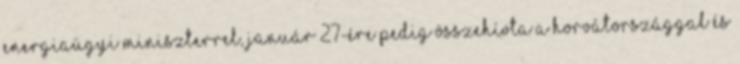
energiaügyi miniszterrel, január 27-ére pedig összehívta a Horvátországgal és